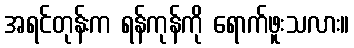
အရင်တုန်းက ရန်ကုန်ကို ရောက်ဖူးသလား။